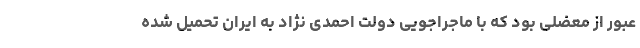
عبور از معضلی بود که با ماجراجویی دولت احمدی نژاد به ایران تحمیل شده